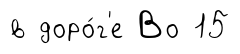
в доро́г'е Во 15